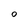
Character: O